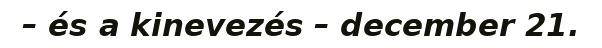
– és a kinevezés – december 21.